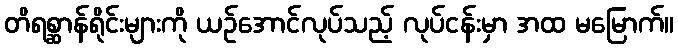
တိရစ္ဆာန်ရိုင်းများကို ယဉ်အောင်လုပ်သည့် လုပ်ငန်းမှာ အထ မမြောက်။